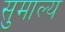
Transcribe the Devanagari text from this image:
सुमाल्य